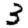
Digit: 3